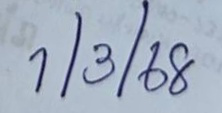
1/3/68